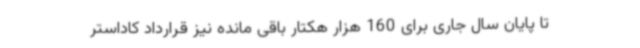
تا پایان سال جاری برای 160 هزار هکتار باقی مانده نیز قرارداد کاداستر